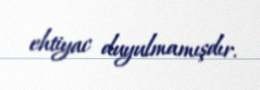
ehtiyac duyulmamışdır.